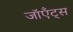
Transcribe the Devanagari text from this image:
जॉएँट्स